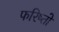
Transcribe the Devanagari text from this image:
फरिष्तो